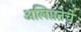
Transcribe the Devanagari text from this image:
अलिप्ततेचे